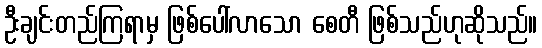
ဦးချင်းတည်ကြရာမှ ဖြစ်ပေါ်လာသော စေတီ ဖြစ်သည်ဟုဆိုသည်။